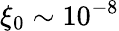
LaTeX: \xi_{0}\sim 10^{-8}